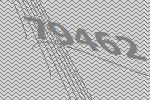
79462